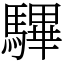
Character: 驆